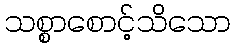
သစ္စာစောင့်သိသော